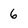
Character: 6